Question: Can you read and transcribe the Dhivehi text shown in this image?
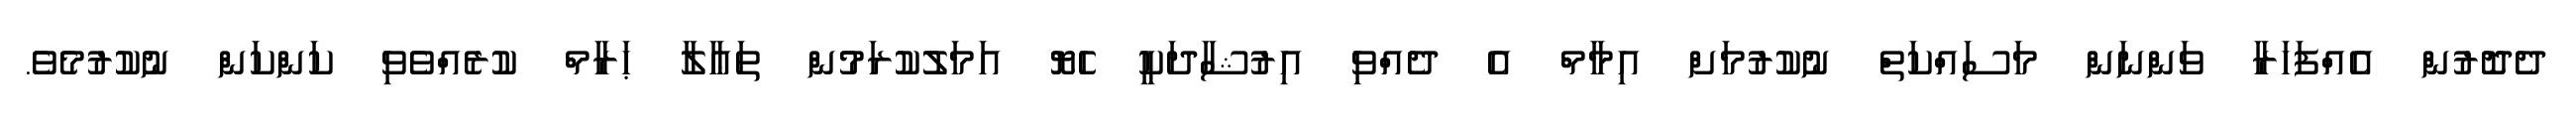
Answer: ދެދޮރުން އެއްފަހަރާ ވަންނަން މަސައްކަތް ނުކުރުމަށް އިމާމް އެ ދެއްވި އިރުޝާދަކީ ހެޔޮ އަމަލުކުރަމުން ތަޢާލާ ޙަރާމް ކުރެއްވެވި ކަންކަން ނުކުރުމެވެ.